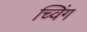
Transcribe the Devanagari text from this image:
च्विंग